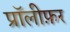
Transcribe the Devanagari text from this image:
प्रॉलीफ़र